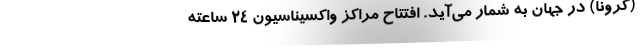
(کرونا) در جهان به شمار می‌آید. افتتاح مراکز واکسیناسیون 24 ساعته